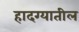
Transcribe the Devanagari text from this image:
हादग्यातील